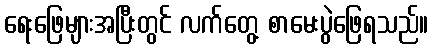
ရေးဖြေများအပြီးတွင် လက်တွေ့ စာမေးပွဲဖြေရသည်။